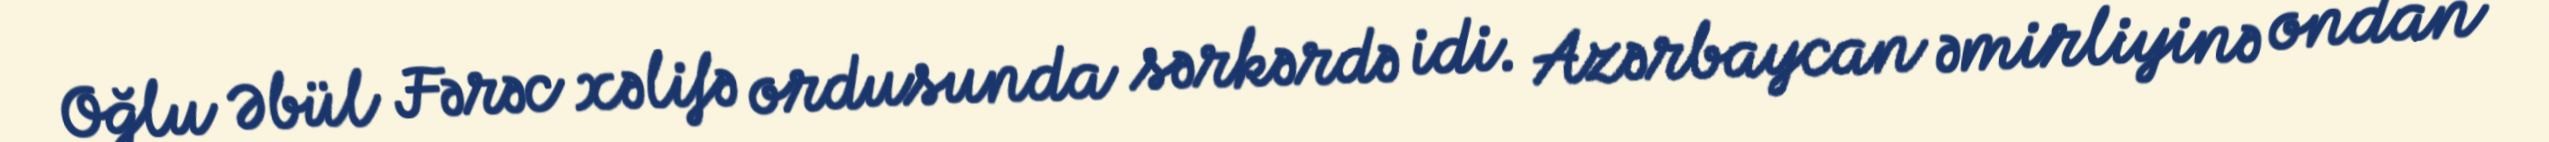
Oğlu Əbül Fərəc xəlifə ordusunda sərkərdə idi. Azərbaycan əmirliyinə ondan